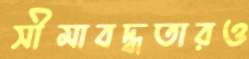
সীমাবদ্ধতারও